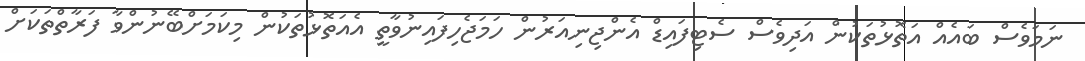
ނަމަވެސް ބައެއް އަތޮޅުތަކުން އަދިވެސް ސެޓިފައިޑް އެންޖިނިއަރުން ހަމަޖެހިފައިނުވާތީ އެއަތޮޅުތަކުން މިކަމަށްބޭނުންވާ ފަރާތްތަކަށް